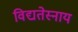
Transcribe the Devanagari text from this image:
विद्यतेस्नाय